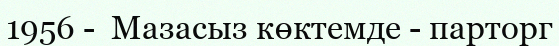
1956 -  Мазасыз көктемде - парторг